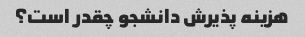
هزینه پذیرش دانشجو چقدر است؟